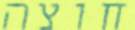
חוצה